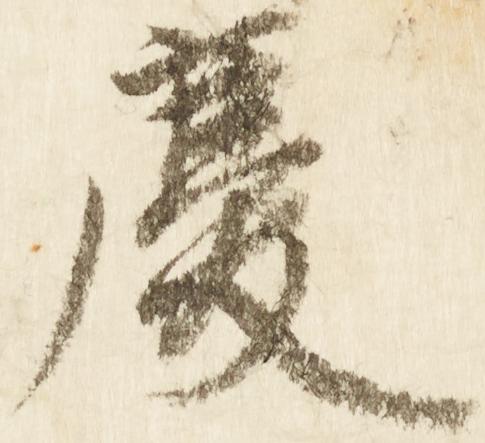
慶